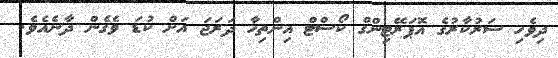
ދިވެހި ސަރުކާރުގެ އޮޕަރޭޓިންގް ކޯސްޓް އިންތިހާ ދަރަޖަ އަށް ކުޑަ ވެގެން ދާނެއެވެ.